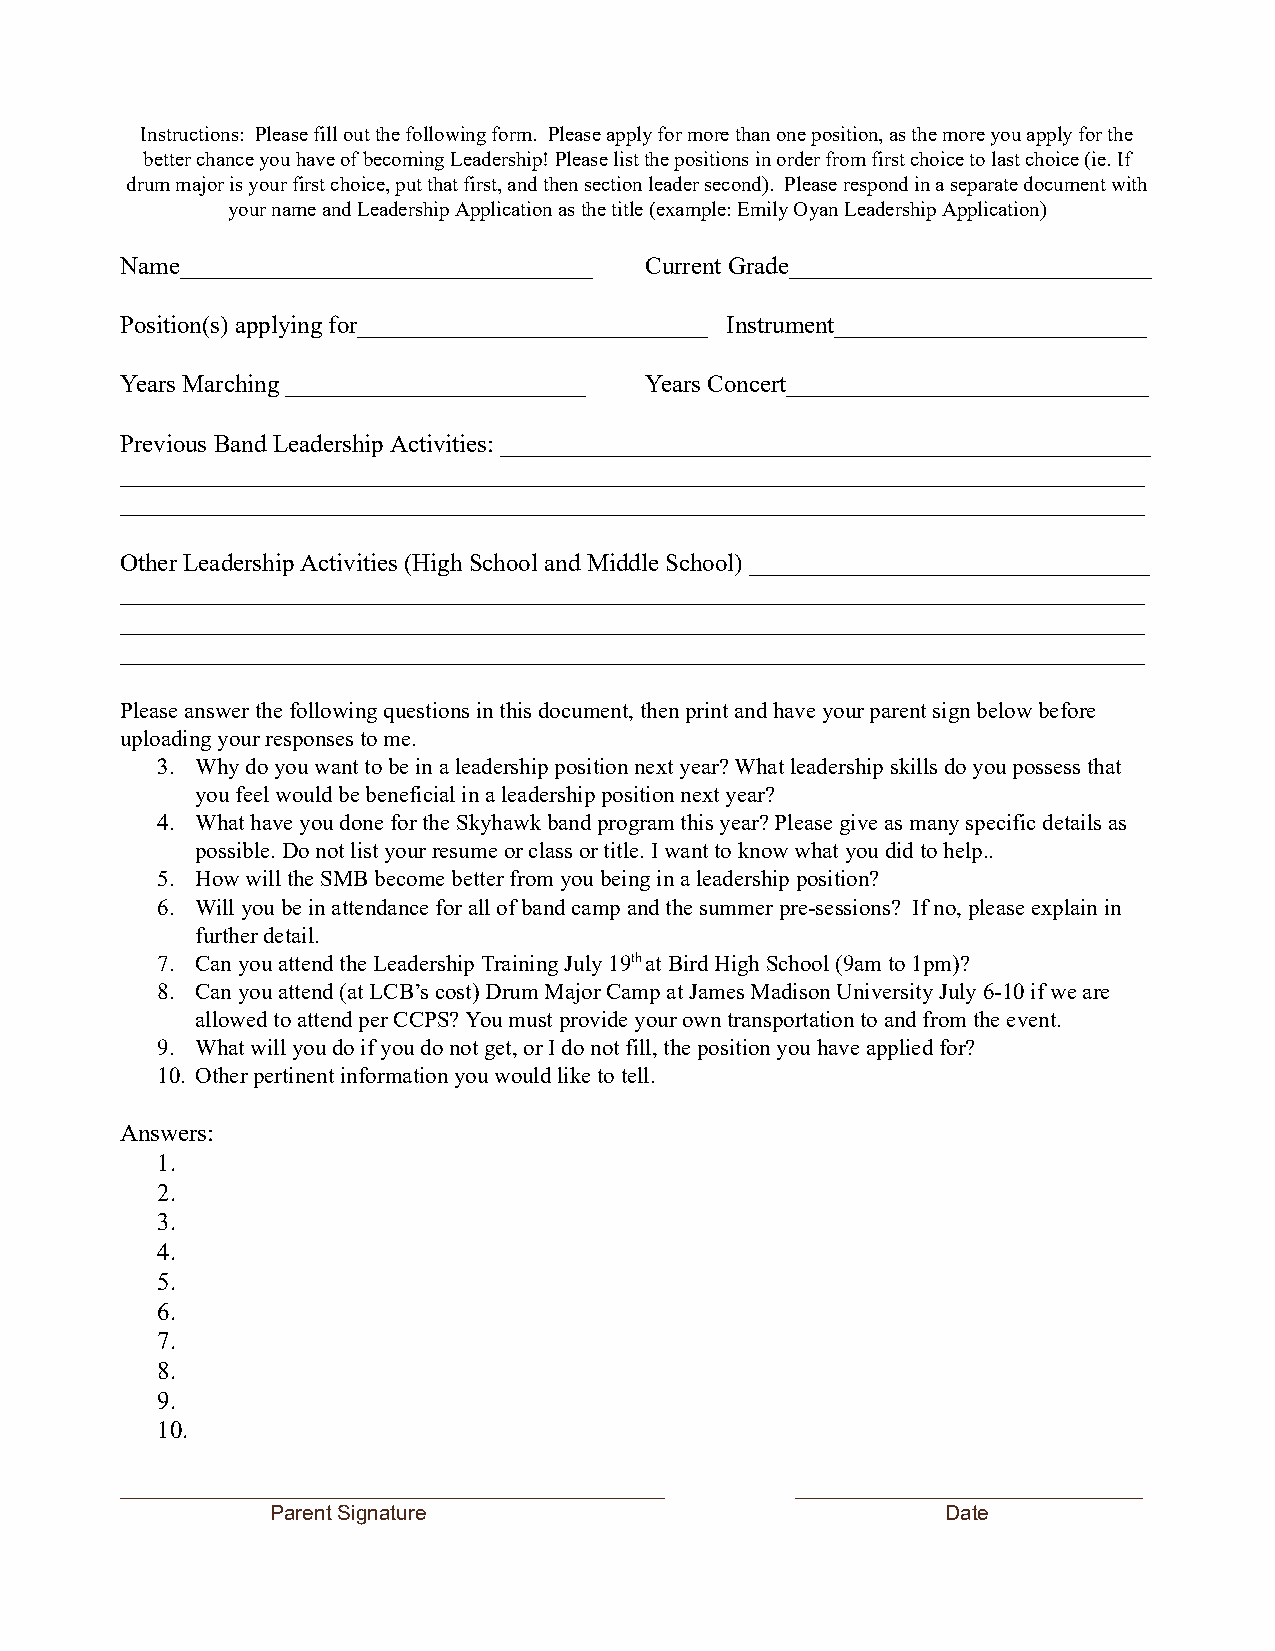
Instructions: Please fill out the following form. Please apply for more than one position, as the more you apply for the
 better chance you have of becoming Leadership! Please list the positions in order from first choice to last choice (ie. If
 drum major is your first choice, put that first, and then section leader second). Please respond in a separate document with
 your name and Leadership Application as the title (example: Emily Oyan Leadership Application)
 Name_________________________________ Current Grade_____________________________
 Position(s) applying for____________________________ Instrument_________________________
 Years M arching ________________________ Years Concert_____________________________
 Previous Band Leadership Activities: ____________________________________________________
 __________________________________________________________________________________
 __________________________________________________________________________________
 Other Leadership Activities (High School and Middle S chool) ________________________________
 __________________________________________________________________________________
 __________________________________________________________________________________
 __________________________________________________________________________________
 Please answer the following questions in this document, then print and have your parent sign below before
 uploading your responses to me.
 3. Why do you want to be in a leadership position next year? What leadership skills do you possess that
 you feel would be beneficial in a leadership position next year?
 4. What have you done for the Skyhawk band program this year? Please give as many specific details as
 possible. Do not list your resume or class or title. I want to know what you did to help..
 5. How will the SMB become better from you being in a leadership position?
 6. Will you be in attendance for all of band camp and the summer pre-sessions? If no, please explain in
 further detail.
 7. Can you attend the Leadership Training July 19t h a t Bird High School (9am to 1pm)?
 8. Can you attend (at LCB’s cost) Drum Major Camp at James Madison University July 6-10 if we are
 allowed to attend per CCPS? You must provide your own transportation to and from the event.
 9. What will you do if you do not get, or I do not fill, the position you have applied for?
 10. Other pertinent information you would like to tell.
 Answers:
 1.
 2.
 3.
 4.
 5.
 6.
 7.
 8.
 9.
 10.
 _______________________________________________ ______________________________
 Parent Signature                             Date